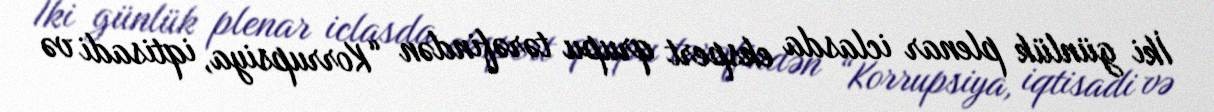
İki günlük plenar iclasda ekspert qrupu tərəfindən “Korrupsiya, iqtisadi və